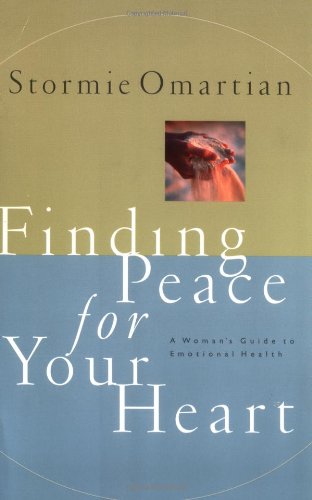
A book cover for Finding Peace For Your Heart A Woman's Guide To Emotional Health; Stormie Omartian; Self-Help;